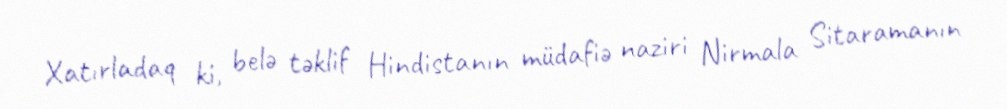
Xatırladaq ki, belə təklif Hindistanın müdafiə naziri Nirmala Sitaramanın